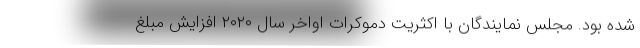
شده بود. مجلس نمایندگان با اکثریت دموکرات اواخر سال ۲۰۲۰ افزایش مبلغ